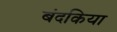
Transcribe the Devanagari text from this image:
बंदकिया